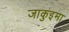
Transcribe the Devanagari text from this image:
जाकुइमा